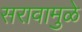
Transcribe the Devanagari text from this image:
सरावामुळे